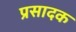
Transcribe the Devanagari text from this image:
प्रसादक